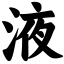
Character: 液